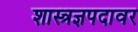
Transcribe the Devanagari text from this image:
शास्त्रज्ञपदावर